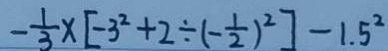
- \frac { 1 } { 3 } \times [ - 3 ^ { 2 } + 2 \div ( - \frac { 1 } { 2 } ) ^ { 2 } ] - 1 . 5 ^ { 2 }